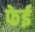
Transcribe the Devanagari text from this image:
फेई